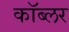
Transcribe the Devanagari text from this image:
कॉब्लर